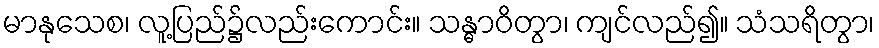
မာနုသေစ၊ လူ့ပြည်၌လည်းကောင်း။ သန္ဓာဝိတွာ၊ ကျင်လည်၍။ သံသရိတွာ၊